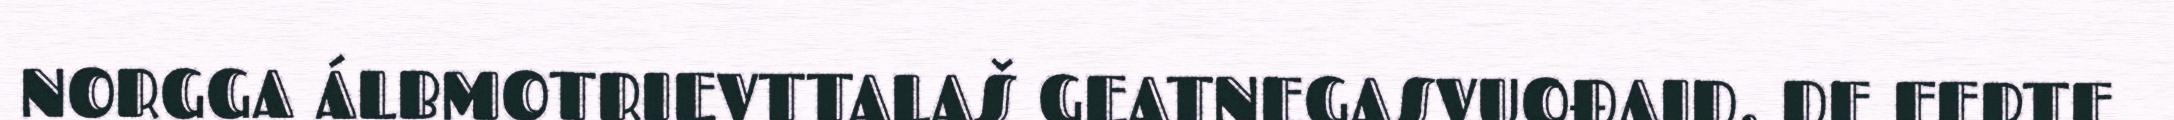
NORGGA ÁLBMOTRIEVTTALAŠ GEATNEGASVUOĐAID, DE FERTE